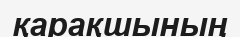
қарақшының